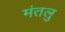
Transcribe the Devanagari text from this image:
मंतलु